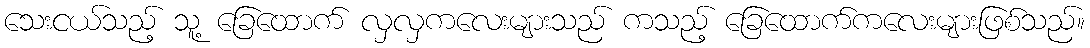
သေးငယ်သည့် သူ့ ခြေထောက် လှလှကလေးများသည် ကသည့် ခြေထောက်ကလေးများဖြစ်သည်။